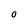
Character: O